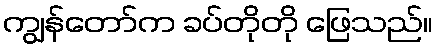
ကျွန်တော်က ခပ်တိုတို ဖြေသည်။